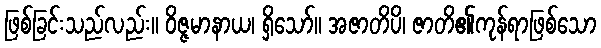
ဖြစ်ခြင်းသည်လည်း။ ဝိဇ္ဇမာနာယ၊ ရှိသော်။ အဇာတိပိ၊ ဇာတိ၏ကုန်ရာဖြစ်သော